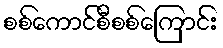
စစ်ကောင်စီစစ်ကြောင်း